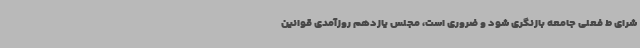
شرای ط فعلی جامعه بازنگری شود و ضروری است، مجلس یازدهم روزآمدی قوانین